Indian journal of veterinary science and animal husbandry - Volume 4,
Year: 1934
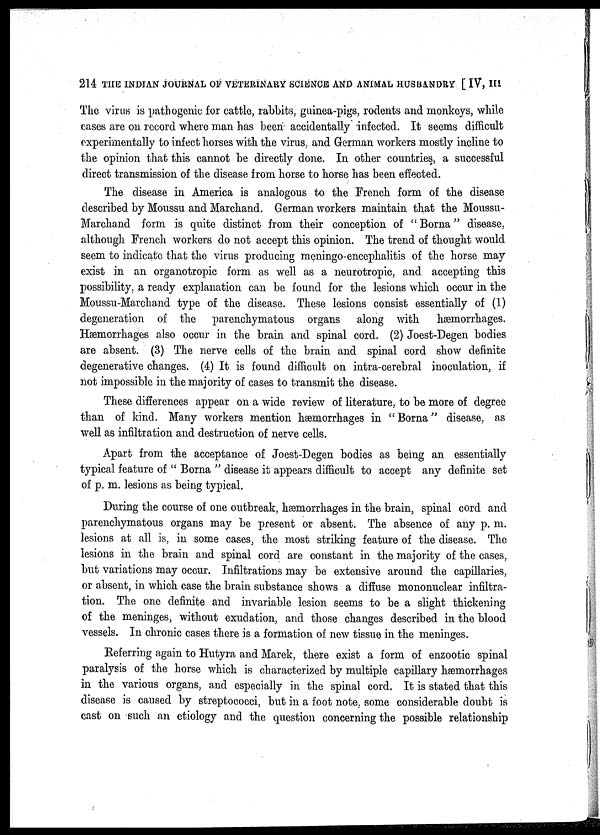
214 THE INDIAN JOURNAL OF VETERINARY SCIENCE AND ANIMAL HUSBANDRY [ IV, III
The virus is pathogenic for cattle, rabbits, guinea-pigs, rodents and monkeys, while
cases are on record where man has been accidentally infected. It seems difficult
experimentally to infect horses with the virus, and German workers mostly incline to
the opinion that this cannot be directly done. In other countries, a successful
direct transmission of the disease from horse to horse has been effected.
The disease in America is analogous to the French form of the disease
described by Moussu and Marchand. German workers maintain that the Moussu-
Marchand form is quite distinct from their conception of " Borna" disease,
although French workers do not accept this opinion. The trend of thought would
seem to indicate that the virus producing meningo-encephalitis of the horse may
exist in an organotropic form as well as a neurotropic, and accepting this
possibility, a ready explanation can be found for the lesions which occur in the
Moussu-Marchand type of the disease. These lesions consist essentially of (1)
degeneration of the parenchymatous organs along with hæmorrhages.
Hæmorrhages also occur in the brain and spinal cord. (2) Joest-Degen bodies
are absent. (3) The nerve cells of the brain and spinal cord show definite
degenerative changes. (4) It is found difficult on intra-cerebral inoculation, if
not impossible in the majority of cases to transmit the disease.
These differences appear on a wide review of literature, to be more of degree
than of kind. Many workers mention hæmorrhages in "Borna" disease, as
well as infiltration and destruction of nerve cells.
Apart from the acceptance of Joest-Degen bodies as being an essentially
typical feature of " Borna " disease it appears difficult to accept any definite set
of p. m. lesions as being typical.
During the course of one outbreak, hæmorrhages in the brain, spinal cord and
parenchymatous organs may be present or absent. The absence of any p. m.
lesions at all is, in some cases, the most striking feature of the disease. The
lesions in the brain and spinal cord are constant in the majority of the cases,
but variations may occur. Infiltrations may be extensive around the capillaries,
or absent, in which case the brain substance shows a diffuse mononuclear infiltra-
tion. The one definite and invariable lesion seems to be a slight thickening
of the meninges, without exudation, and those changes described in the blood
vessels. In chronic cases there is a formation of new tissue in the meninges.
Referring again to Hutyra and Marek, there exist a form of enzootic spinal
paralysis of the horse which is characterized by multiple capillary hæmorrhages
in the various organs, and especially in the spinal cord. It is stated that this
disease is caused by streptococci, but in a foot note, some considerable doubt is
cast on such an etiology and the question concerning the possible relationship